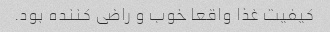
کیفیت غذا واقعا خوب و راضی کننده بود.